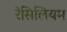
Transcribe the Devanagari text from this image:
रेसिलियम